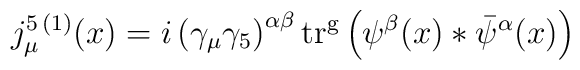
j_\mu^{5\,(1)}(x) = i \left(\gamma_\mu\gamma_5 \right)^{\alpha \beta} {\rm tr^g}\left( \psi^\beta (x) * \bar \psi^\alpha (x)\right)